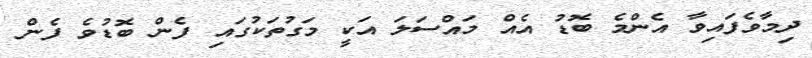
ދިމާވެފައިވާ އެންމެ ބޮޑު އެއް މައްސަލަ އަކީ މަގުތަކުގައި ފެން ބޮޑުވެ ފެން